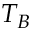
T _ { B }